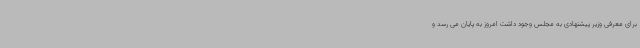
برای معرفی وزیر پیشنهادی به مجلس وجود داشت امروز به پایان می رسد و